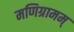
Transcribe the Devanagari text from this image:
मणिग्रामम्